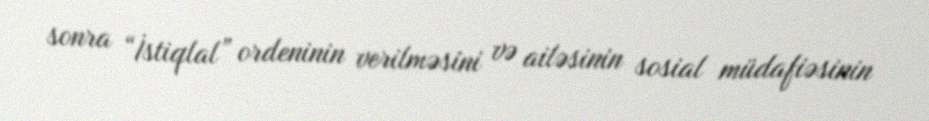
sonra “İstiqlal” ordeninin verilməsini və ailəsinin sosial müdafiəsinin